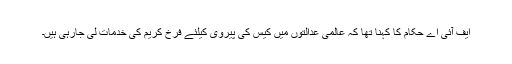
ایف آئی اے حکام کا کہنا تھا کہ عالمی عدالتوں میں کیس کی پیروی کیلئے فرخ کریم کی خدمات لی جارہی ہیں۔